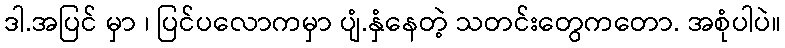
ဒါ.အပြင် မှာ ၊ ပြင်ပလောကမှာ ပျံ.နှံနေတဲ့ သတင်းတွေကတော. အစုံပါပဲ။